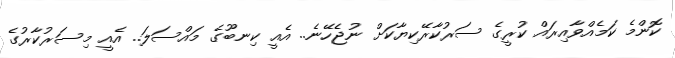
ކޮންމެ ކަމެއްވާއިރައް ކުރީގެ ސަރުކާރޭކިޔާކަށް ނުޖެހޭނެ.. އެއީ ކިނބޫގެ މައްސަލަ.. އެއީ މިސަރުކާރުގެ